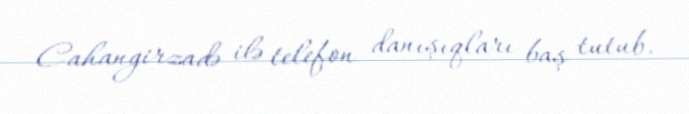
Cahangirzadə ilə telefon danışıqları baş tutub.